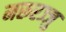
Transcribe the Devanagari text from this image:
मरूरज्जु